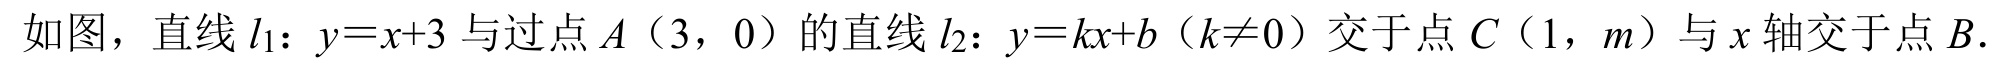
如图，直线\(l_{1}：y = x + 3\)与过点\(A（3，0）\)的直线\(l_{2}：y = kx + b（k\neq0）\)交于点\(C（1，m）\)与\(x\)轴交于点\(B\).